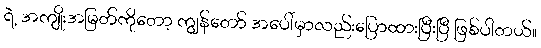
ရဲ့ အကျိုးအမြတ်ကိုတော့ ကျွန်တော် အပေါ်မှာလည်းပြောထားပြီးပြီ ဖြစ်ပါတယ်။